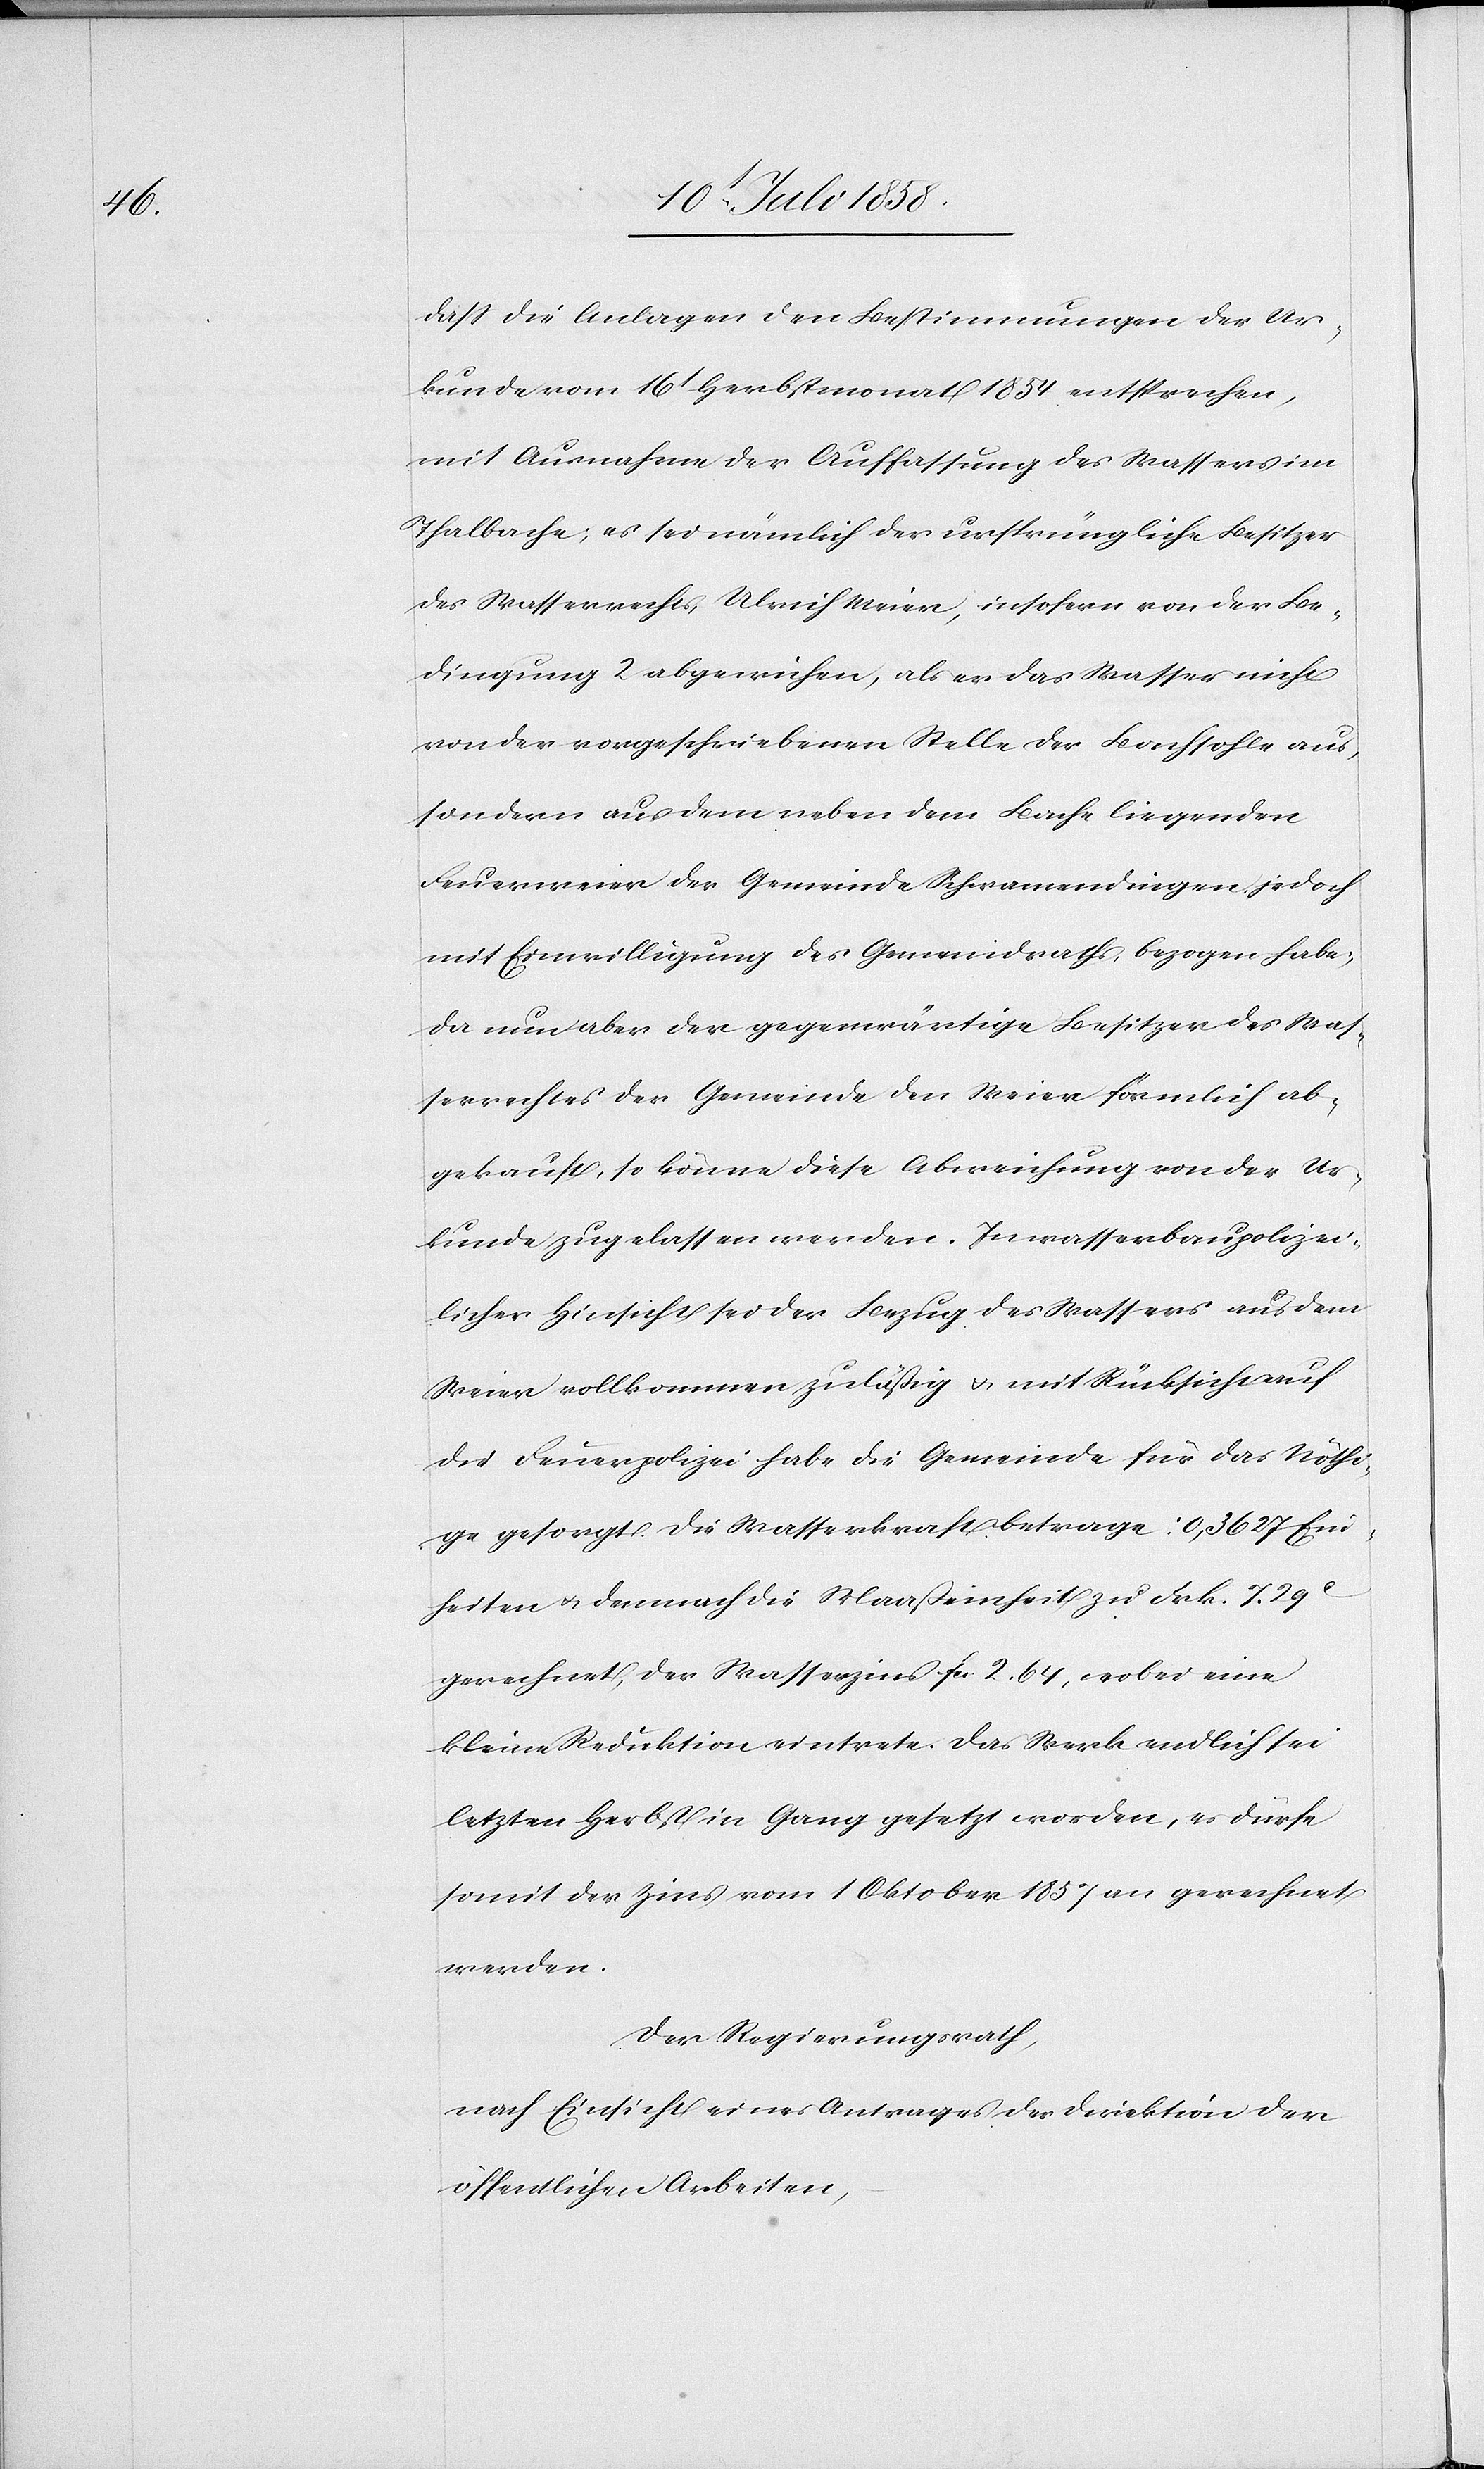
dass die Anlagen den Bestimmungen der Ur¬
kunde vom 16t Herbstmonat 1854 entsprechen,
mit Ausnahme der Auffassung des Wassers im
Thalbache; es sei nämlich der ursprüngliche Besitzer
des Wasserrechts, Ulrich Meier, insofern von der Be¬
dingung 2 abgewichen, als er das Wasser nicht
von der vorgeschriebenen Stelle der Bachsohle aus,
sondern aus dem neben dem Bache liegenden
Feuerweier der Gemeinde Schwamendingen jedoch
mit Einwilligung des Gemeindraths, bezogen habe;
da nun aber der gegenwärtige Besitzer des Was¬
serrechtes der Gemeinde den Weier förmlich ab¬
gekauft, so könne diese Abweichung von der Ur¬
kunde zugelassen werden. In wasserbaupolizei¬
licher Hinsicht sei der Bezug des Wassers aus dem
Weier vollkommen zuläßig & mit Rücksicht auf
die Feuerpolizei habe die Gemeinde für das Nöthi¬
ge gesorgt. Die Wasserkraft betrage: 0,3627 Ein¬
heiten & demnach die Maaßeinheit zu Frk. 7. 29C
gerechnet, der Wasserzins fcs. 2. 64, wobei eine
kleine Reduktion eintrete. Das Werk endlich sei
letzten Herbst in Gang gesetzt worden, es dürfe
somit der Zins vom 1 Oktober 1857 an gerechnet
werden.
Der Regierungsrath,
nach Einsicht eines Antrages der Direktion der
öffentlichen Arbeiten,